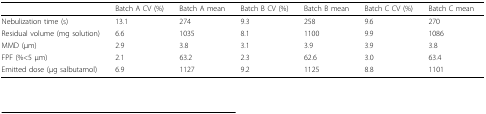
|  | Batch A CV (%) | Batch A mean | Batch B CV (%) | Batch B mean | Batch C CV (%) | Batch C mean |
 | --- | --- | --- | --- | --- | --- | --- |
 | Nebulization time (s) | 13.1 | 274 | 9.3 | 258 | 9.6 | 270 |
 | Residual volume (mg solution) | 6.6 | 1035 | 8.1 | 1100 | 9.9 | 1086 |
 | MMD (μm) | 2.9 | 3.8 | 3.1 | 3.9 | 3.9 | 3.8 |
 | FPF (%<5 μm) | 2.1 | 63.2 | 2.3 | 62.6 | 3.0 | 63.4 |
 | Emitted dose (μg salbutamol) | 6.9 | 1127 | 9.2 | 1125 | 8.8 | 1101 |